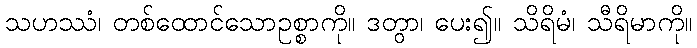
သဟဿံ၊ တစ်ထောင်သောဥစ္စာကို။ ဒတွာ၊ ပေး၍။ သိရိမံ၊ သီရိမာကို။